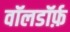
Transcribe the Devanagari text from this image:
वॉलडॉर्फ़